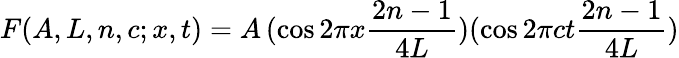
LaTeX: F(A,L,n,c;x,t)=A\, (\cos 2\pi x{\frac{2n-1}{4L}})(\cos 2\pi ct{\frac{2n-1}{4L}})